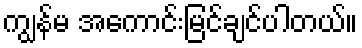
ကျွန်မ အကောင်းမြင်ချင်ပါတယ်။